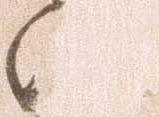
江